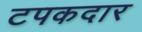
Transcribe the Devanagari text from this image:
टपकदार